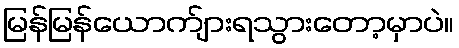
မြန်မြန်ယောက်ျားရသွားတော့မှာပဲ။